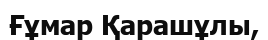
Ғұмар Қарашұлы,